Annual statistical returns and brief notes on vaccination in Bengal - 1896-1909
Year: 1896
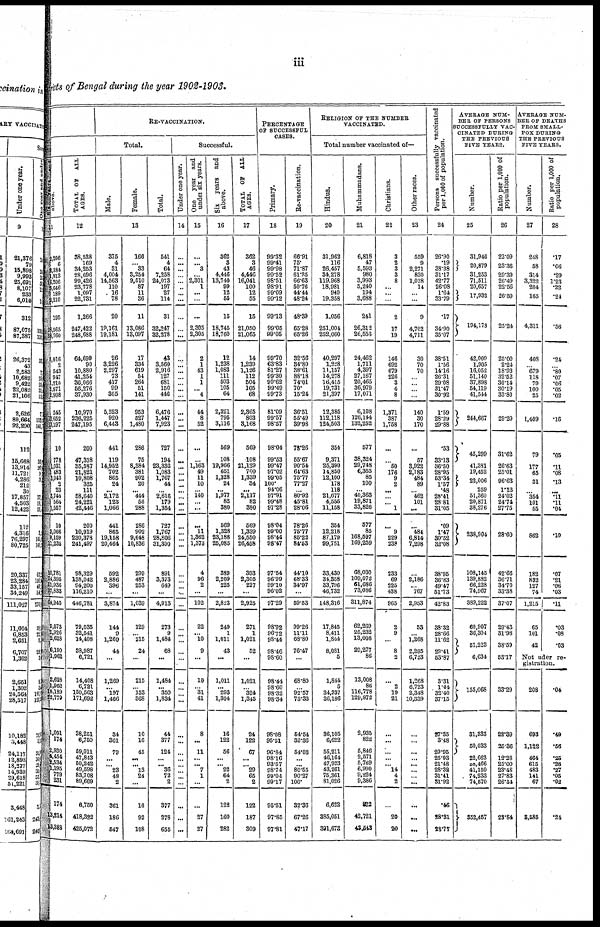
iii
District of Bengal during the year 1902-1903.
Six
years and
above.
11
2,206
6
2,384
1,913
16,206
3,646
189
2,210
195
28,565
28,760
5,016
2
543
947
1,210
2,571
2,908
545
12,652
13,197
10
778
1,031
483
3,043
2
23
3,744
564
1,557
10
3,066
8,159
11,235
10,781
14,395
11,936
27,833
64,945
9,073
2,926
2,628
6,190
1,962
2,628
1,962
18,139
22,779
1,091
174
2,930
4,454
2,534
1,195
779
231
174
13,214
13,388
TOTAL OF ALL
AGES.
12
38,538
169
34,253
28,696
99,426
23,778
1,097
22,731
1,266
247,422
248,688
64,699
90
10,880
41,254
36,066
56,276
37,930
10,970
236,225
247,195
200
47,338
35,587
21,821
10,808
325
111
58,640
24,221
42,446
200
10,919
230,378
241,497
98,329
138,042
94,200
116,210
446,781
79,035
32,541
14,408
38,987
6,721
14,408
6,721
150,563
171,692
38,251
6,750
59,011
47,843
50,242
49,598
83,708
89,669
6,750
418,322
425,072
RE-VACCINATION.
Total.
Male.
Female.
Total.
13
375
4
31
4,004
14,563
110
16
78
20
19,161
19,181
26
3,226
2,297
73
417
99
305
5,523
920
6,443
441
119
14,952
702
865
24
...
2,172
123
1,066
441
865
19,158
20,464
592
2,886
396
...
3,874
144
9
1,269
44
...
1,269
... 197
1,466
34
361
79
... ... 23
48
2
361
186
547
166
... 33
3,254
9,510
87
11
36
11
13,086
13,097
17
334
619
54
264
51
141
953
527
1,480
286
75
8,384
381
902
20
... 414
56
288
286
902
9,648
10,836
299
487
253
...
1,039
129
... 215
24
...
215
...
153 368
10
16
45
... ... 13
24
...
16
92
108
541
4
64
7,258
24,073
197
27
114
31
32,247
32,278
43
3,560
2,916
127
681
150
446
6,476
1,447
7,923
727
194
23,336
1,083
1,767
44
...
2,616
179
1,354
727
1,767
28,806
31,300
891
3,373
649
...
4,913
273
9
1,484
68
...
1,484
... 350
1,834
44
377
124
...
... 36
72
2
377
278
655
Successful.
Under one year.
14
...
... ...
...
...
...
... ...
...
...
...
...
...
...
...
...
...
...
...
... ...
...
...
...
...
...
...
...
...
...
...
...
...
...
...
...
...
... ...
...
...
...
...
...
...
...
... ...
...
...
...
...
...
...
...
...
...
...
...
...
One year and
under six years.
15
...
... 3
...
2,301
1
...
...
...
2,305
2,305
2
1
43
1
1
... 4
44
8
52
...
...
1,163
49
11
10
...
140
...
...
...
11
1,362
1,373
4
96
2
...
102
22
... 10
9
...
10
...
31 41
8
...
11
...
... 7
1
...
...
27
27
Six years and
above.
16
362
3
43
4,416
13,740
99
12
55
15
18,745
18,760
12
1,238
1,083
111
503
105
64
2,321
795
3,116
569
108
19,966
651
1,328
24
...
1,977
82
380
569
1,328
23,188
25,085
389
2,209
225
...
2,823
249
1
1,011
43
...
1,011
...
293
1,304
16
122
56
...
... 22
64
2
122
160
282
TOTAL OF ALL
AGES.
17
362
3
46
4,446
16,041
100
12
55
15
21,050
21,065
14
1,239
1,126
112
504
105
68
2,365
803
3,168
569
108
21,129
700
1,339
34
...
2,117
82
380
569
1,339
24,550
26,458
393
2,305
227
...
2,925
271
1
1,021
52
...
1,021
...
324
1,345
24
122
67
... ... 29
65
2
122
187
309
PERCENTAGE
OF SUCCESSFUL
CASES.
Primary.
18
99.32
99.41
99.98
99.52
98.51
98.91
99.09
99.12
99.13
99.05
99.05
99.70
63.83
81.27
99.30
99.62
99.49
99.73
81.09
99.57
98.57
98.04
99.53
99.47
97.02
99.05
100.
94.06
97.91
99.48
97.28
98.04
99.00
98.44
98.47
97.54
96.99
99.10
96.02
97.29
98.92
96.72
98.44
98.46
98.60
98.44
98.60
98.32
98.34
98.08
95.51
96.84
98.16
93.57
98.74
99.04
99.17
95.51
97.85
97.81
Re-vaccination.
19
66.91
75.
71.87
61.25
66.63
50.76
44.44
48.24
48.39
65.28
65.26
32.56
34.80
38.61
88.18
74.01
70.
15.24
36.51
55.49
39.98
78.26
55.67
90.54
64.63
75.77
77.27
...
80.92
45.81
28.06
78.26
75.77
85.22
84.53
44.10
68.33
34.97
...
59.53
99.26
11.11
68.80
76.47
...
68.80
...
92.57 73.33
54.54
32.36
54.03
...
...
80.55
90.27
100.
32.36
67.26
47.17
RELIGION OF THE NUMBER
VACCINATED.
Total number vaccinated of—
Hindus.
20
31,962
116
26,457
34,278
119,968
18,981
940
19,358
1,056
251,004
252,060
40,297
1,228
11,157
14,278
16,415
19,731
21,397
12,385
112,118
124,503
354
9,371
25,390
14,850
12,100
178
118
21,677
4,555
11,158
354
12,218
87,179
99,751
33,430
34,358
33,796
46,732
148,316
17,845
8,411
1,844
8,081
5
1,844
5
34,337
36,186
36,105
6,622
55,211
46,164
47,923
43,261
75,361
81,026
6,622
385,051
391,673
Muhammadans.
21
6,818
47
5,593
980
3,993
5,240
194
3,688
241
26,312
26,553
24,462
1,711
4,397
27,167
20,465
36,979
17,071
6,108
126,144
132,252
577
38,324
29,748
6,365
85
100
...
40,363
19,871
33,826
577
85
168,597
169,259
68,030
109,072
61,686
73,086
311,874
62,269
25,232
13,008
29,277
86
13,008
116,778
129,872
129,872
2,935
822
5,846
2,571
5,769
6,990
9,224
9,386
822
42,721
43,543
Christians.
22
3
2
3
3
8
...
...
...
2
17
19
146
692
679
226
3
4
8
1,371
387
1,758
...
...
50
176
9
2
...
...
... 1
...
9
229
238
233
69
225
438
965
2
9
...
8
2
...
2
19
21
...
...
...
...
... 14
4
2
...
20
20
Other races.
23
559
9
2,271
830
1,028
14
... ...
9
4,702
4,711
30
70
70
...
...
...
...
140
30
170
...
57
3,922
2,183
484
89
... 462
101
...
...
484
6,814
7,298
...
2,186
... 767
2,953
53
... 1,268
2,295
6,723
1,268
6,723
2,348
10,339
...
...
...
...
...
...
... ...
...
...
...
Persons successfully vaccinated
per 1,000 of population.
24
26.90
.19
38.38
31.17
42.77
26.08
1.64
33.79
.17
34.90
35.07
38.51
1.56
14.16
26.31
29.08
31.47
30.92
1.59
28.29
29.88
.53
33.13
36.50
28.95
53.34
1.57
.48
28.41
28.81
31.05
.09
1.47
30.52
32.08
38.95
36.83
49.47
51.73
42.83
38.32
28.66
11.62
29.41
53.87
3.31
1.44
32.40
37.15
27.35
3.48
29.95
25.93
21.48
28.32
31.41
31.92
.46
28.31
28.77
AVERAGE NUM-
--- OF PERSONS
SUCCESSFULLY VAC-
CINATED DURING
THE PREVIOUS
FIVE YEARS.
Number.
25
31,946
20,879
31,253
71,511
20,657
17,932
194,178
42,009
1,905
16,052
51,140
37,898
54,119
41,544
244,667
45,299
41,381
19,452
22,006
259
51,360
20,871
38,276
238,904
108,145
139,882
66,228
74,967
389,222
60,907
36,304
51,223
6,634
155,068
31,333
50,033
22,663
58,466
41,159
74,233
74,570
352,457
Ratio per 1,000 of
population.
26
22.09
23.36
29.39
26.49
22.56
26.59
25.24
25.00
2.24
18.93
32.52
30.14
30.19
33.80
29.20
31.62
26.63
25.01
96.63
1.13
24.02
24.74
27.75
28.60
42.66
36.71
34.70
33.38
37.07
29.43
31.98
38.59
53.17
33.29
22.39
25.36
12.28
25.00
23.48
27.83
26.54
23.84
AVERAGE NUM-
--- OF DEATHS
FROM SMALL-
POX DURING
THE PREVIOUS
FIVE YEARS.
Number.
27
248
58
314
3,322
204
165
4,311
408
... 679
118
79
100
25
1,409
79
177
63
31
... 354
101
55
862
182
832
127
74
1,215
65
101
42
Ratio per 1,000 of
population.
28
.17
.06
.29
1.23
.22
.24
.56
.24
... .80
.07
.06
.05
.02
.16
.05
.11
.08
.13
... .11
.11
.04
.10
.07
.21
.06
.03
.11
.03
.08
.03
Not under re-
gistration.
208
693
1,122
464
615
483
141
67
8,585
.04
.49
.56
.25
.26
.27
.05
.02
.24